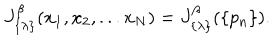
J _ { \{ \lambda \} } ^ { \beta } ( x _ { 1 } , x _ { 2 } , . . . x _ { N } ) = J _ { \{ \lambda \} } ^ { \beta } ( \{ p _ { n } \} ) .